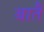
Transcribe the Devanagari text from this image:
बातैं